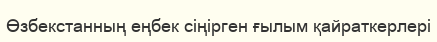
Өзбекстанның еңбек сіңірген ғылым қайраткерлері